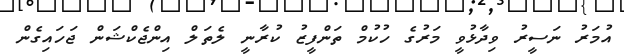
އުމަރު ނަސީރު ވިދާޅުވީ މަރުގެ ހުކުމް ތަންފީޒު ކުރާނީ ލެތަލް އިންޖެކްޝަން ޖަހައިގެން